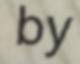
by